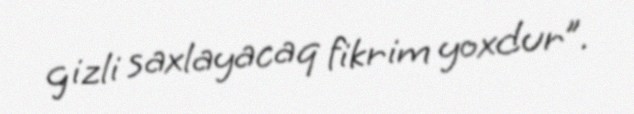
gizli saxlayacaq fikrim yoxdur”.